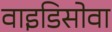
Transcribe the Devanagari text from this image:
वाइडिसोवा